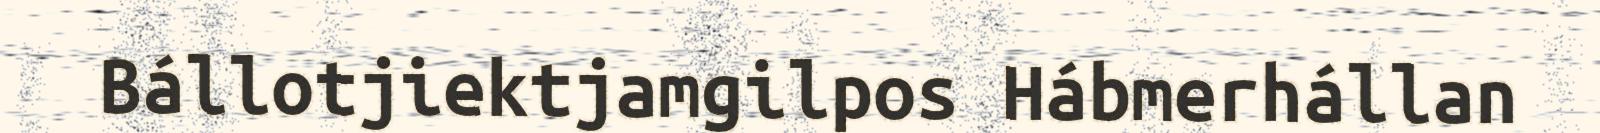
Bállotjiektjamgilpos Hábmerhállan